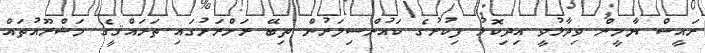
ރައީސް ޔާމީން ވިދާޅުވީ އިދިކޮޅު ފިކުރުގެ ކައުންސިލަރުން ތިބޭ ރަށްރަށުގައި ތަރައްޤީގެ މަޝްރޫއުތައް